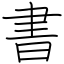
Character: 書